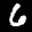
Label: 6